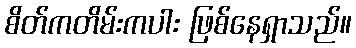
စိတ်ကတိမ်းကပါး ဖြစ်နေရှာသည်။